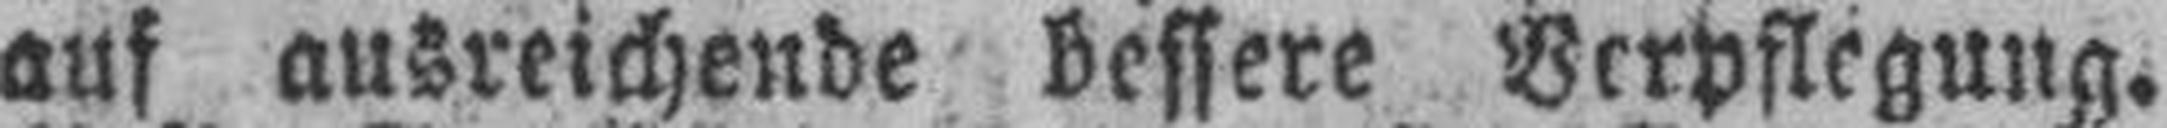
auf ausreichende bessere Verpflegung.